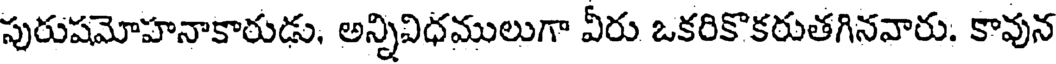
పురుషమోహనాకారుడు, అన్నివిధములుగా వీరు ఒకరికొకరుతగినవారు. కావున